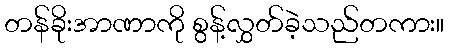
တန်ခိုးအာဏာကို စွန့်လွှတ်ခဲ့သည်တကား။